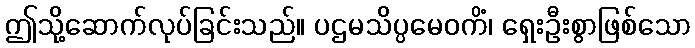
ဤသို့ဆောက်လုပ်ခြင်းသည်။ ပဌမသိပ္ပမေဝကိံ၊ ရှေးဦးစွာဖြစ်သော